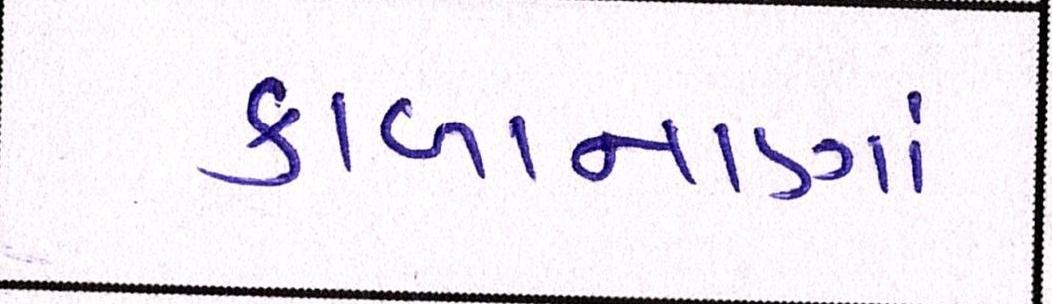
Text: કાળાનાણાં